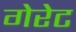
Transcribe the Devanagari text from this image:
गेरेट